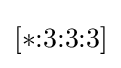
[*{:}3{:}3{:}3]